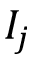
I _ { j }